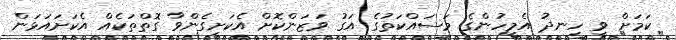
ކަމަށް ވީ ހިނދު އެމީހުންގެ މަސައްކަތުގެ އަގު ވަޒަންކޮށް އެކަށީގެންވާ ގޮތްތަކެއް އެކަށައަޅަން